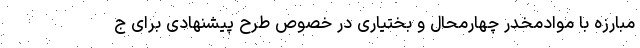
مبارزه با موادمخدر چهارمحال و بختیاری در خصوص طرح پیشنهادی برای ج